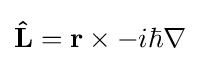
\mathbf {\hat {L}} =\mathbf {r} \times -i\hbar \nabla